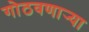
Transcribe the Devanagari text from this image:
गोठवणार्‍या